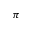
\pi